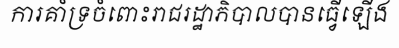
ការគាំទ្រចំពោះរាជរដ្ឋាភិបាលបានធ្វើឡើង